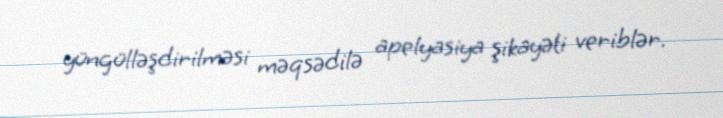
yüngülləşdirilməsi məqsədilə apelyasiya şikayəti veriblər.